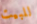
للبيت